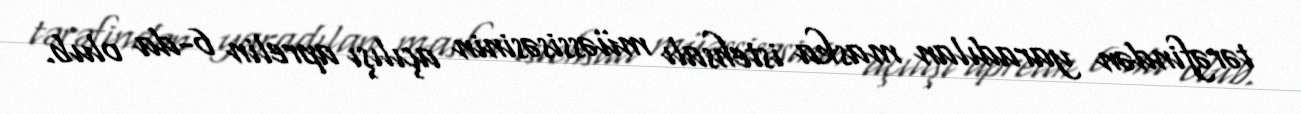
tərəfindən yaradılan maska istehsalı müəssisəsinin açılışı aprelin 6-da olub.